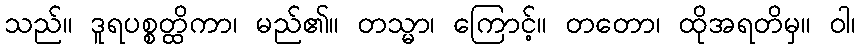
သည်။ ဒူရပစ္စတ္ထိကာ၊ မည်၏။ တသ္မာ၊ ကြောင့်။ တတော၊ ထိုအရတိမှ။ ဝါ၊